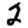
Digit: 2